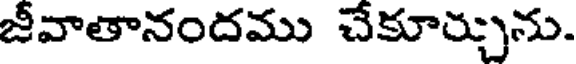
జీవాతానందము చేకూర్చును.